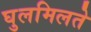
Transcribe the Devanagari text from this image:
घुलमिलते